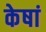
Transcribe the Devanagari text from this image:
केषां